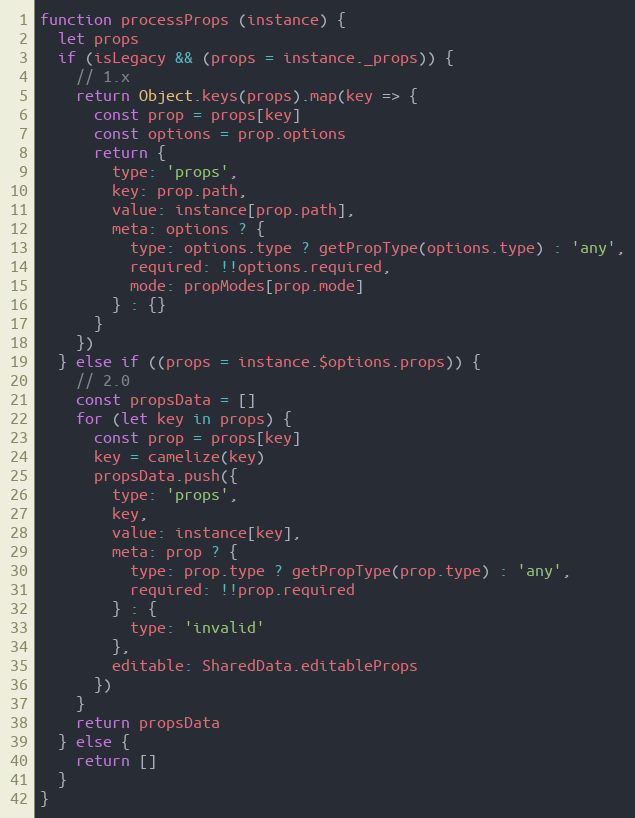
Language: JavaScript
function processProps (instance) {
  let props
  if (isLegacy && (props = instance._props)) {
    // 1.x
    return Object.keys(props).map(key => {
      const prop = props[key]
      const options = prop.options
      return {
        type: 'props',
        key: prop.path,
        value: instance[prop.path],
        meta: options ? {
          type: options.type ? getPropType(options.type) : 'any',
          required: !!options.required,
          mode: propModes[prop.mode]
        } : {}
      }
    })
  } else if ((props = instance.$options.props)) {
    // 2.0
    const propsData = []
    for (let key in props) {
      const prop = props[key]
      key = camelize(key)
      propsData.push({
        type: 'props',
        key,
        value: instance[key],
        meta: prop ? {
          type: prop.type ? getPropType(prop.type) : 'any',
          required: !!prop.required
        } : {
          type: 'invalid'
        },
        editable: SharedData.editableProps
      })
    }
    return propsData
  } else {
    return []
  }
}